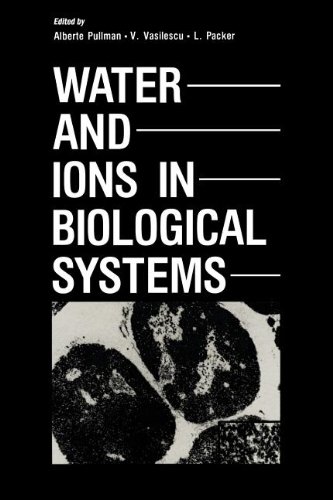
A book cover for Water and Ions in Biological Systems; Alberte Pullman; Science & Math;